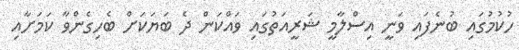
ހުކުމުގައި ބުނެފައި ވަނީ އިސްލާމީ ޝަރީއަތުގައި ވައްކަން ދެ ބަޔަކަށް ބެހިގެންވާ ކަމަށާއި